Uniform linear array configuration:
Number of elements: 12
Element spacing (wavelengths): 0.75
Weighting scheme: exponential
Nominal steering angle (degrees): -30
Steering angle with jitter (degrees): -28.266
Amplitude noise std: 0.05
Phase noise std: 0.05

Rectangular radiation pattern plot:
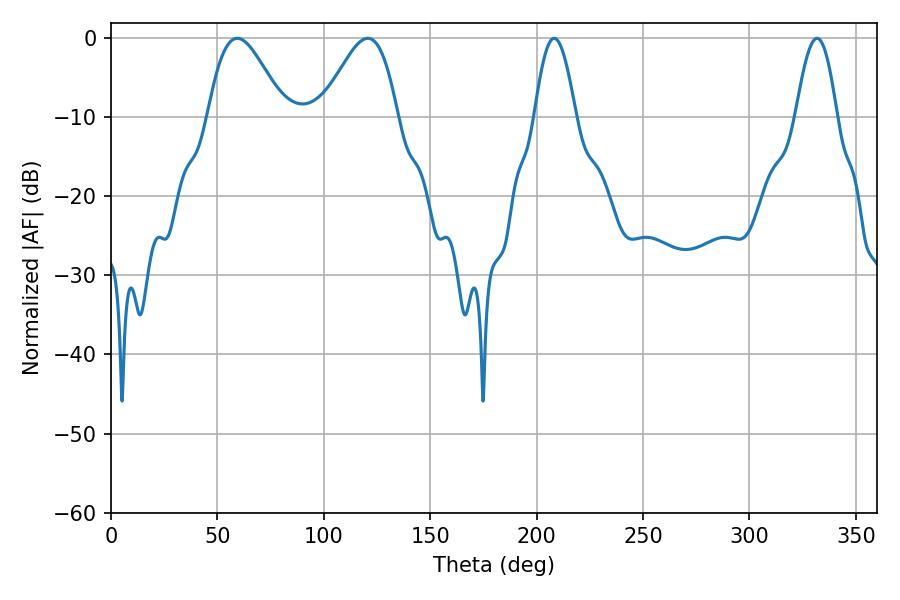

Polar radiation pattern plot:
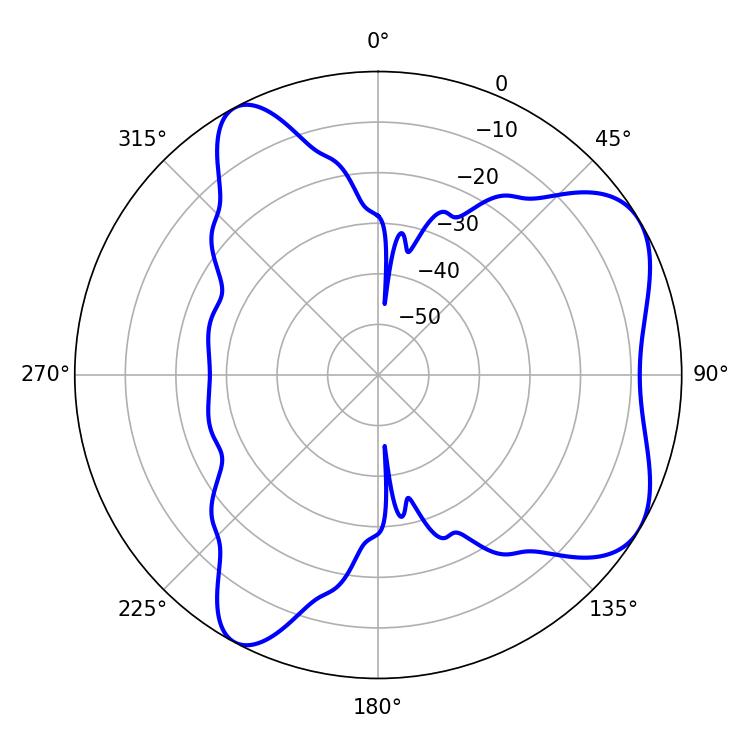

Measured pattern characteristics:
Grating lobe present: TRUE
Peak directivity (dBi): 6.188
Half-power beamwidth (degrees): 10.44
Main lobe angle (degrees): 208.26